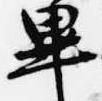
畢